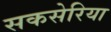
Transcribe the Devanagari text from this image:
सकसेरिया